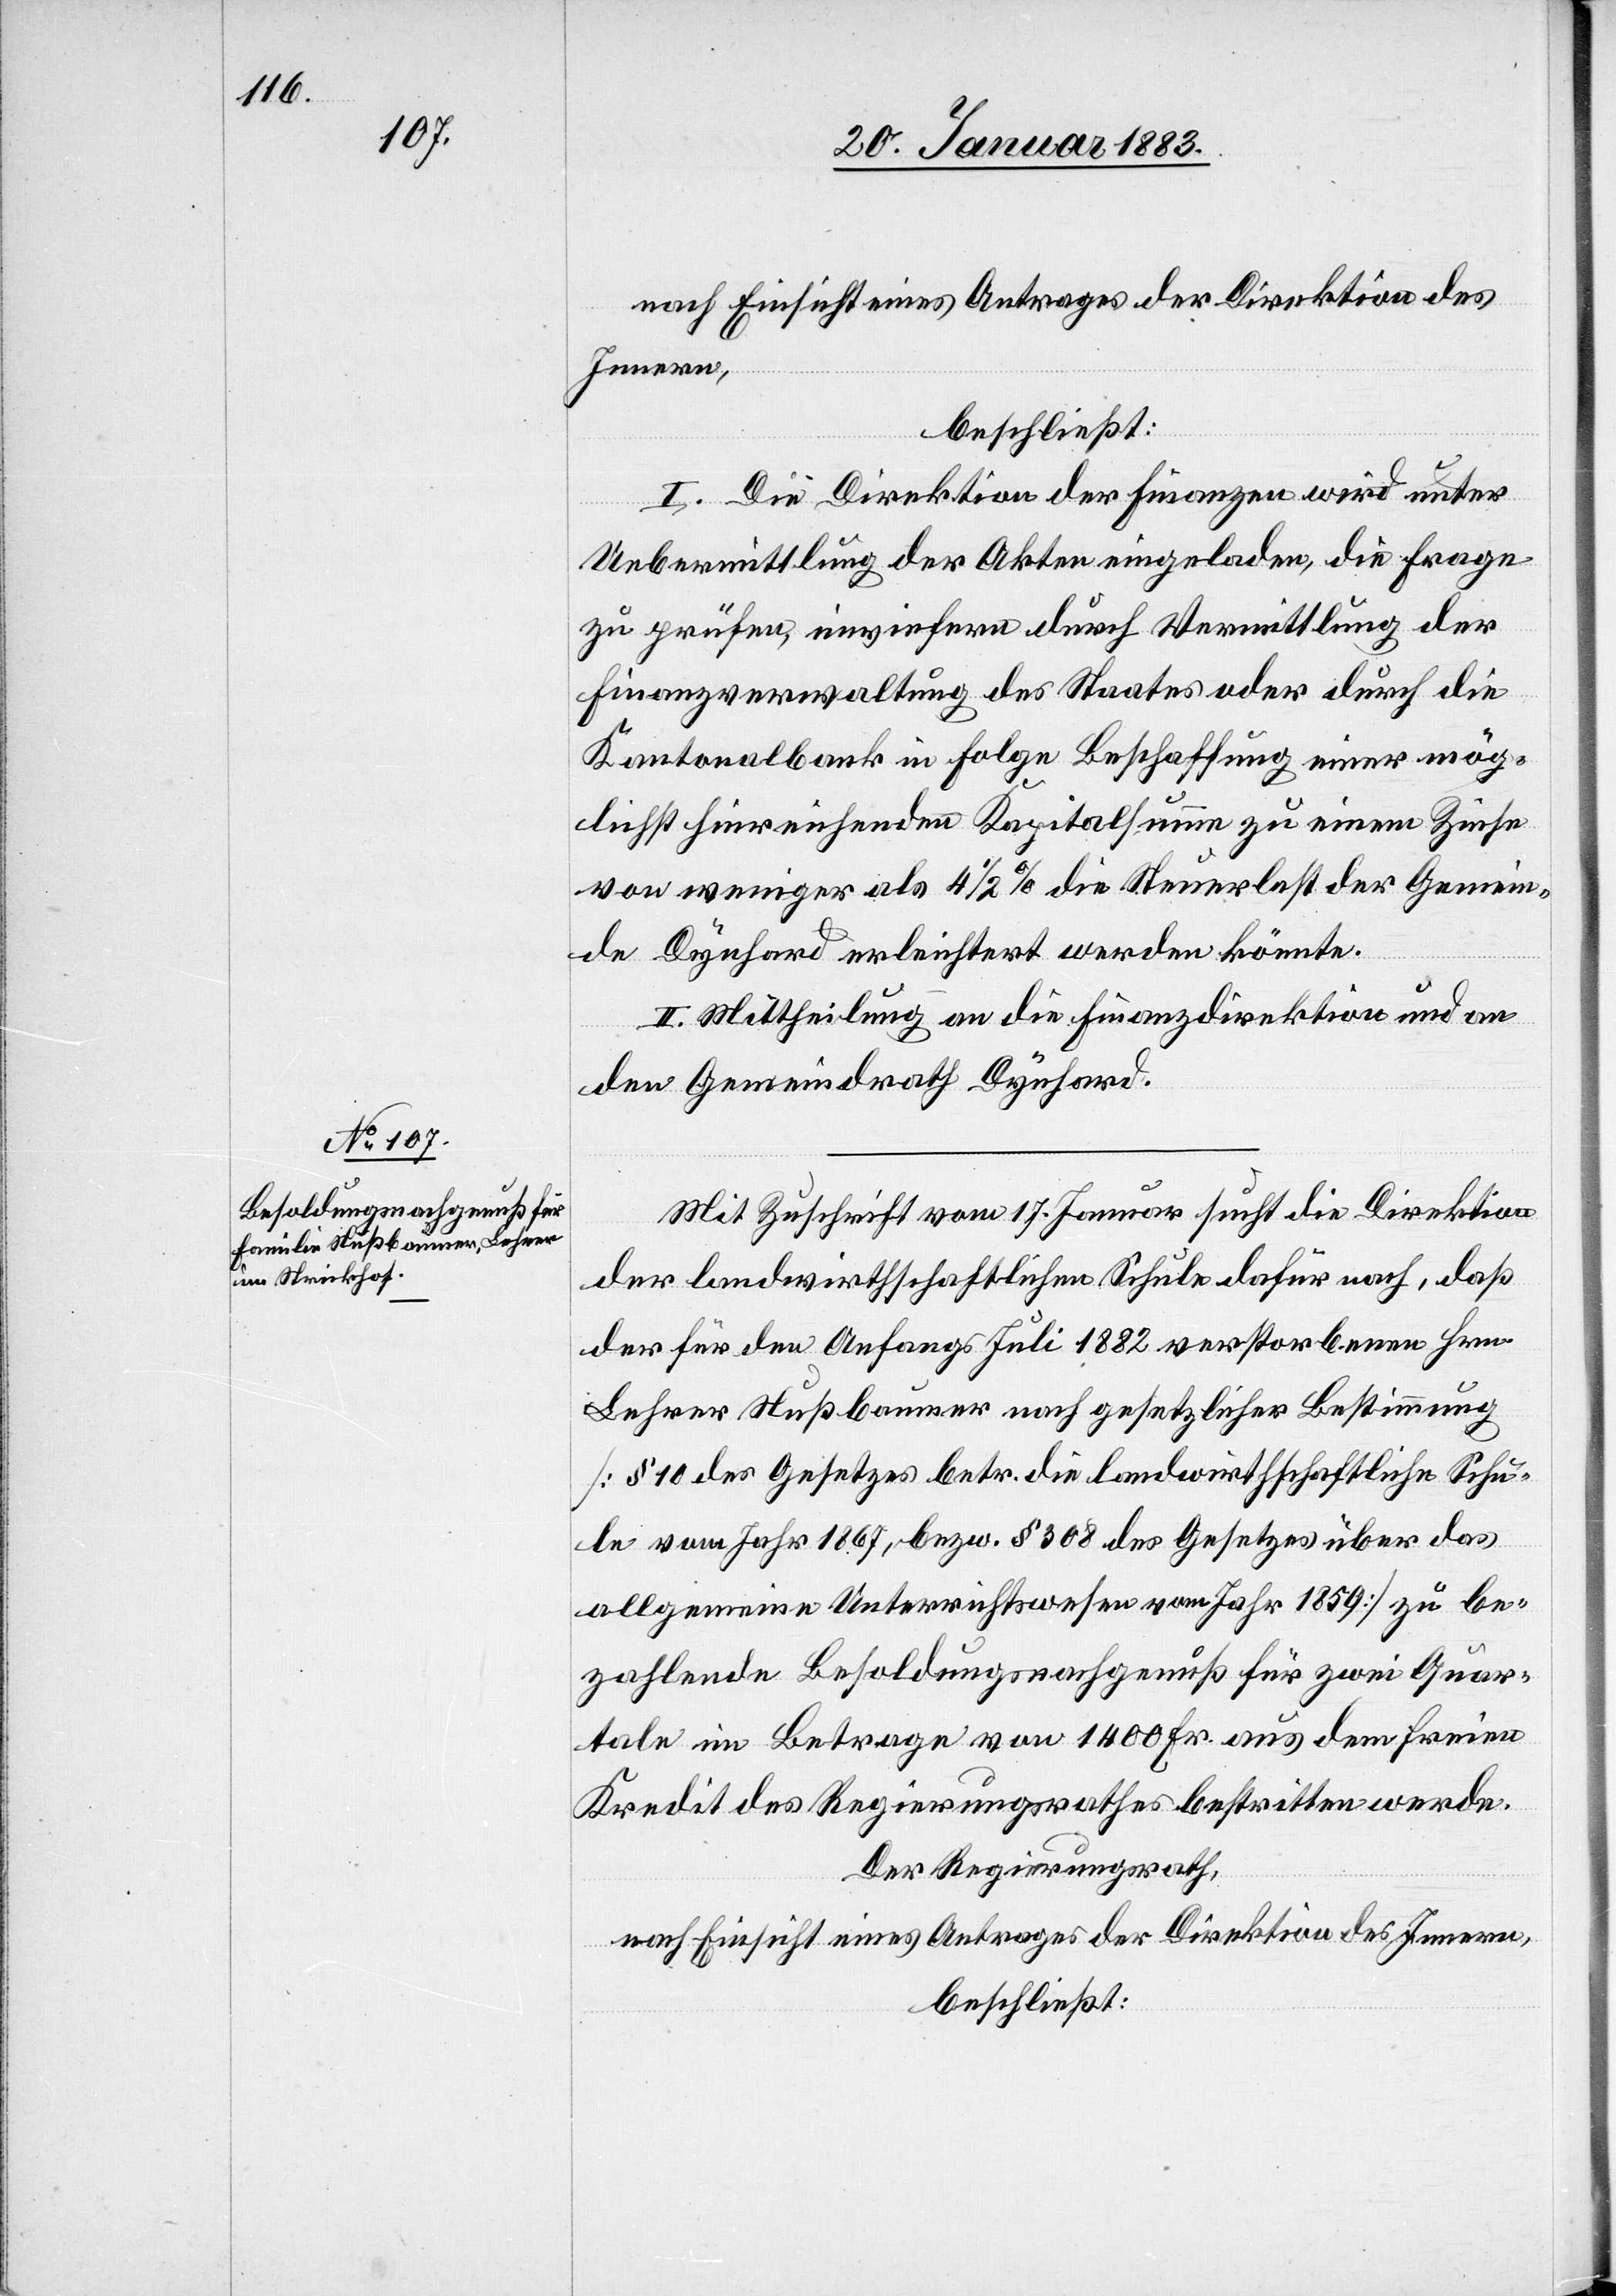
nach Einsicht eines Antrages der Direktion des
Innern,
beschließt:
I. Die Direktion der Finanzen wird unter
Uebermittlung der Akten eingeladen, die Frage
zu prüfen, inwiefern durch Vermittlung der
Finanzverwaltung des Staates oder durch die
Kantonalbank in Folge Beschaffung einer mög¬
lichst hinreichenden Kapitalsumme zu einem Zinse
von weniger als 4 1/2% die Steuerlast der Gemein¬
de Dynhard erleichtert werden könnte.
II. Mittheilung an die Finanzdirektion und
den Gemeindrath Dynhard.
Mit Zuschrift vom 17. Januar sucht die Direktion
der landwirthschaftlichen Schule dafür nach, daß
der für den Anfangs Juli 1882 verstorbenen Hrn.
Lehrer Nußbaumer nach gesetzlicher Bestimmung
[§ 10 des Gesetzes betr. die landwirthschaftliche Schu¬
le vom Jahr 1867, bezw. § 308 des Gesetzes über das
allgemeine Unterrichtswesen vom Jahr 1859] zu be¬
zahlende Besoldungsnachgenuß für zwei Quar¬
tale im Betrage von 1400 Fr. aus dem freien
Kredit des Regierungsrathes bestritten werde.
Der Regierungsrath,
nach Einsicht eines Antrages der Direktion des Innern,
beschließt: